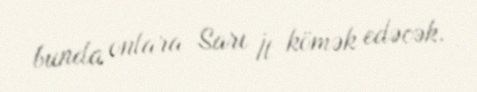
bunda onlara Sarı İt kömək edəcək.